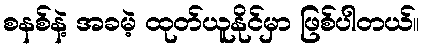
စနစ်နဲ့ အခမဲ့ ထုတ်ယူနိုင်မှာ ဖြစ်ပါတယ်။